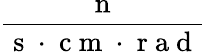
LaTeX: \frac{\mathrm{~n~}}{\mathrm{~s~}\cdot\mathrm{~c~m~}\cdot\mathrm{~r~a~d~}}